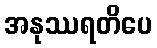
အနုဿရတိပေ